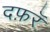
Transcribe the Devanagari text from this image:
दफ़रॅ